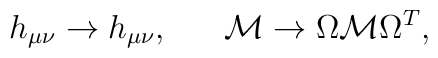
h_{\mu\nu}\to h_{\mu\nu}, \ \ \ \ \ {\cal M}\to \Omega{\cal M}\Omega^{T},